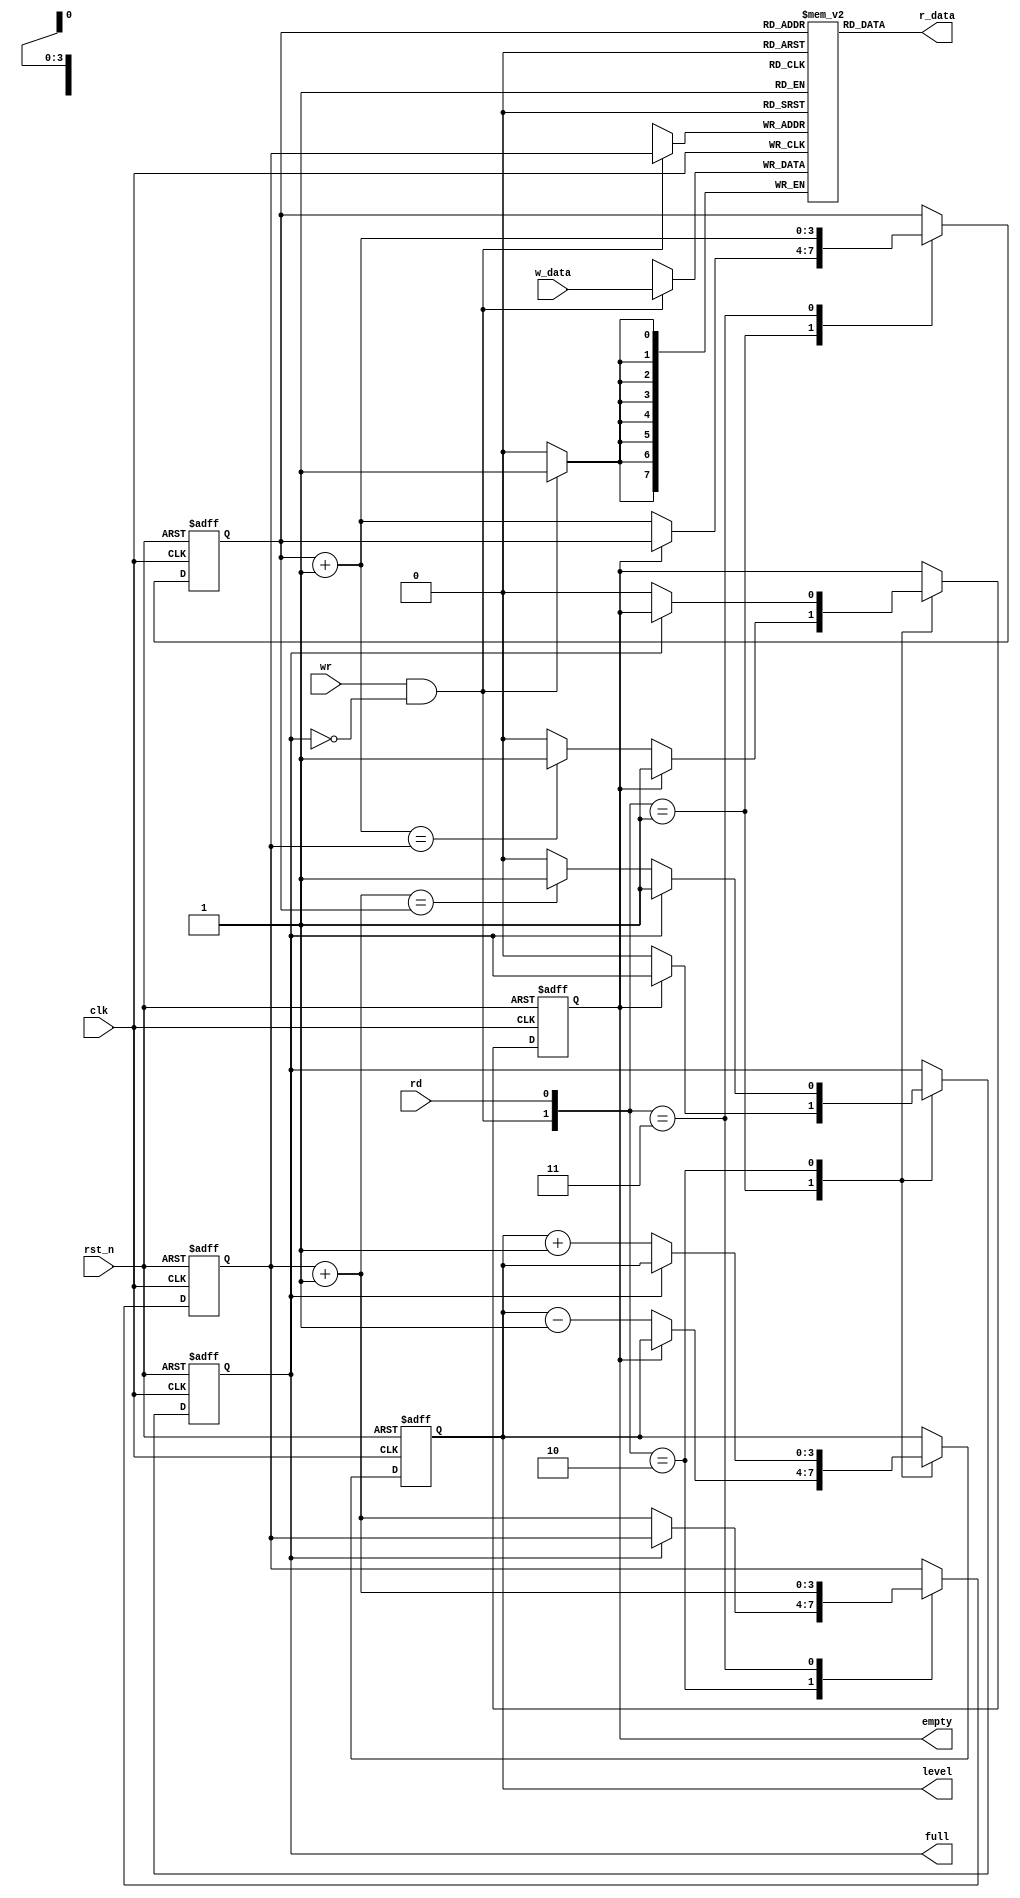
module FIFO #(parameter DWIDTH=8, 
                        AWIDTH=4)
    (
        input wire                  clk,
        input wire                  rst_n,
        input wire                  rd,
        input wire                  wr,
        input wire  [DWIDTH-1:0]    w_data,
        output wire                 empty,
        output wire                 full,
        output wire [DWIDTH-1:0]    r_data,
        output wire [AWIDTH-1:0]    level
    );

//Internal Signal declarations

    reg [DWIDTH-1:0] array_reg [2**AWIDTH-1:0];
    reg [AWIDTH-1:0] w_ptr_reg;
    reg [AWIDTH-1:0] w_ptr_next;
    reg [AWIDTH-1:0] w_ptr_succ;
    reg [AWIDTH-1:0] r_ptr_reg;
    reg [AWIDTH-1:0] r_ptr_next;
    reg [AWIDTH-1:0] r_ptr_succ;

    // Level
    reg [AWIDTH-1:0] level_reg;
    reg [AWIDTH-1:0] level_next; 

    reg full_reg;
    reg empty_reg;
    reg full_next;
    reg empty_next;

    wire w_en;
  
    always @ (posedge clk)
        if(w_en)
            array_reg[w_ptr_reg] <= w_data;

    assign r_data = array_reg[r_ptr_reg];   

    assign w_en = wr & ~full_reg;           

    //State Machine
    always @ (posedge clk, negedge rst_n)
    if(!rst_n) begin
        w_ptr_reg   <= 0;
        r_ptr_reg   <= 0;
        full_reg    <= 1'b0;
        empty_reg   <= 1'b1;
        level_reg   <= 4'd0;
    end else begin
        w_ptr_reg   <= w_ptr_next;
        r_ptr_reg   <= r_ptr_next;
        full_reg    <= full_next;
        empty_reg   <= empty_next;
        level_reg   <= level_next;
    end

    //Next State Logic
    always @* begin
        w_ptr_succ = w_ptr_reg + 1;
        r_ptr_succ = r_ptr_reg + 1;
        w_ptr_next = w_ptr_reg;
        r_ptr_next = r_ptr_reg;
        full_next  = full_reg;
        empty_next = empty_reg;
        level_next = level_reg;

        case({w_en,rd})
            2'b01:  if(~empty_reg) begin
                        r_ptr_next = r_ptr_succ;
                        full_next = 1'b0;
                        level_next = level_reg - 1;
                        if (r_ptr_succ == w_ptr_reg)
                            empty_next = 1'b1;
                    end
            2'b10:  if(~full_reg) begin
                        w_ptr_next = w_ptr_succ;
                        empty_next = 1'b0;
                        level_next = level_reg + 1;
                        if (w_ptr_succ == r_ptr_reg)
                            full_next = 1'b1;
                    end
            2'b11:  begin
                        w_ptr_next = w_ptr_succ;
                        r_ptr_next = r_ptr_succ;
                    end
        endcase
        
    end

    //Set Full and Empty
    assign full     = full_reg;
    assign empty    = empty_reg;
    assign level    = level_reg;
  
endmodule